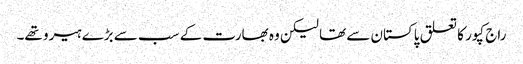
راج کپور کا تعلق پاکستان سے تھا لیکن وہ بھارت کے سب سے بڑے ہیرو تھے۔